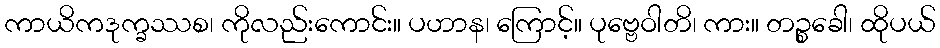
ကာယိကဒုက္ခဿစ၊ ကိုလည်းကောင်း။ ပဟာန၊ ကြောင့်။ ပုဗ္ဗေဝါတိ၊ ကား။ တဉ္စခေါ၊ ထိုပယ်